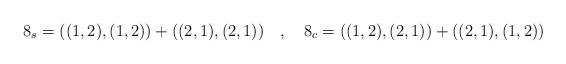
LaTeX: \begin{align*}8_s = ((1,2), (1,2)) + ((2,1), (2,1))~~~,~~~8_c = ((1,2),(2,1)) +((2,1),(1,2))\end{align*}